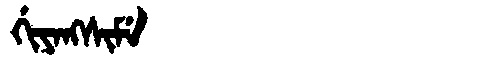
Manchu: ᡤᡳᠶᠠᠩᠰᡳᠮᡝ
Romanization: GIYANGSIME